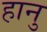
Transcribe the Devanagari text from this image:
हानु